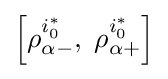
\left[{\rho _{\alpha -}^{i_{0}^{\ast }},\;\rho _{\alpha +}^{i_{0}^{\ast }}}\right]